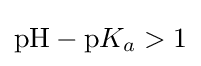
\mathrm {pH} -\mathrm {p} K_{a}>1